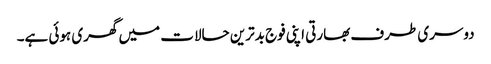
دوسری طرف بھارتی اپنی فوج بدترین حالات میں گھری ہوئی ہے۔